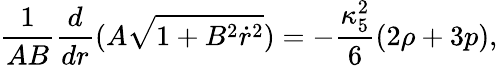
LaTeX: \frac{1}{AB}\frac{d}{dr}(A\sqrt{1+B^{2}\dot{r}^{2}})=-\frac{\kappa_{5}^{2}}{6}(2\rho+3p),